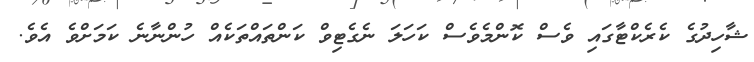
ޝާހިދުގެ ކެރެކްޓާގައި ވެސް ކޮންމެވެސް ކަހަލަ ނެގެޓިވް ކަންތައްތަކެއް ހުންނާނެ ކަމަށްވެ އެވެ.